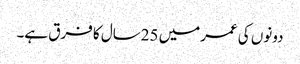
دونوں کی عمرمیں 25سال کا فرق ہے۔